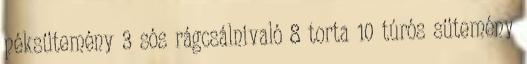
péksütemény 3 sós rágcsálnivaló 8 torta 10 túrós sütemény